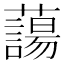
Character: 𮒲